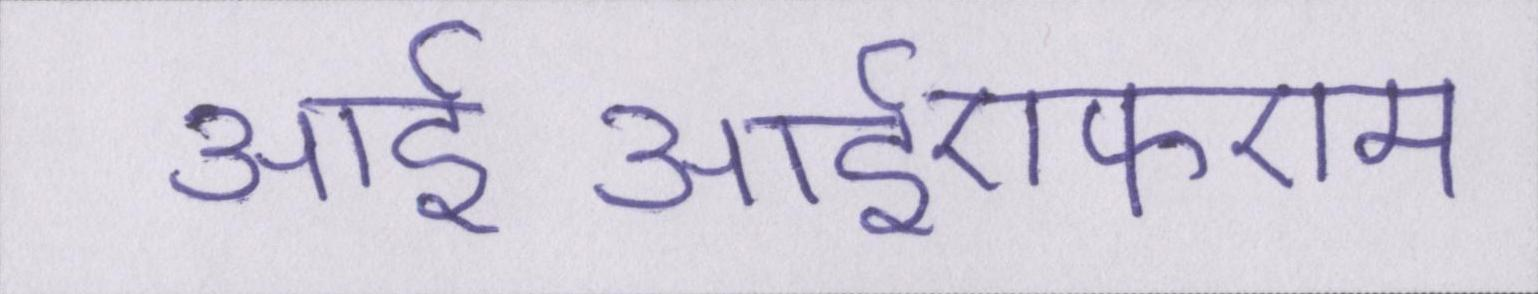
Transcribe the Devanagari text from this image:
आईआईएफएम